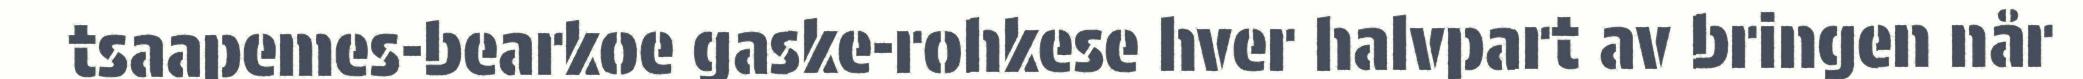
tsaapemes-bearkoe gaske-rohkese hver halvpart av bringen når